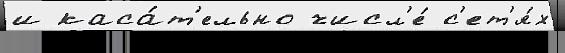
и каса́т'ельно числ'е́ с'ет'я́х